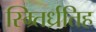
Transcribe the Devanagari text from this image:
स्म्र्तिर्ध्रतिह